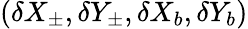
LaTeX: (\delta X_{\pm},\delta Y_{\pm},\delta X_{b},\delta Y_{b})